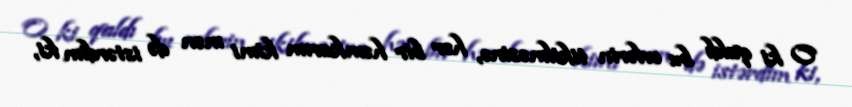
O ki qaldı bu evlərin tikilməsinə, hər bir həmkarım kimi mən də istərdim ki,